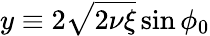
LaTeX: y\equiv 2\sqrt{2\nu\xi}\sin\phi_{0}